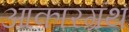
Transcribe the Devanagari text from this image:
आकारग्रंथ